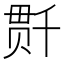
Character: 𰅺